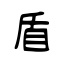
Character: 盾